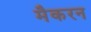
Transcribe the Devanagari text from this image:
मैकरन